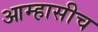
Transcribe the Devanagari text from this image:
आम्हासीच